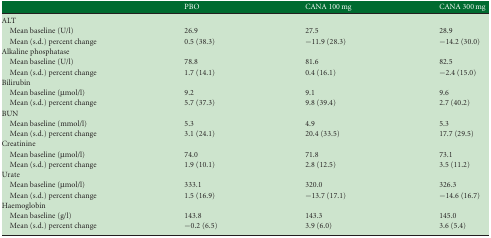
<table><thead><tr><td></td><td><b>PBO</b></td><td><b>CANA 100 mg</b></td><td><b>CANA 300 mg</b></td></tr></thead><tbody><tr><td>ALT</td><td></td><td></td><td></td></tr><tr><td> Mean baseline (U/l)</td><td>26.9</td><td>27.5</td><td>28.9</td></tr><tr><td> Mean (s.d.) percent change</td><td>0.5 (38.3)</td><td>−11.9 (28.3)</td><td>−14.2 (30.0)</td></tr><tr><td>Alkaline phosphatase</td><td></td><td></td><td></td></tr><tr><td> Mean baseline (U/l)</td><td>78.8</td><td>81.6</td><td>82.5</td></tr><tr><td> Mean (s.d.) percent change</td><td>1.7 (14.1)</td><td>0.4 (16.1)</td><td>−2.4 (15.0)</td></tr><tr><td>Bilirubin</td><td></td><td></td><td></td></tr><tr><td> Mean baseline (μmol/l)</td><td>9.2</td><td>9.1</td><td>9.6</td></tr><tr><td> Mean (s.d.) percent change</td><td>5.7 (37.3)</td><td>9.8 (39.4)</td><td>2.7 (40.2)</td></tr><tr><td>BUN</td><td></td><td></td><td></td></tr><tr><td> Mean baseline (mmol/l)</td><td>5.3</td><td>4.9</td><td>5.3</td></tr><tr><td> Mean (s.d.) percent change</td><td>3.1 (24.1)</td><td>20.4 (33.5)</td><td>17.7 (29.5)</td></tr><tr><td>Creatinine</td><td></td><td></td><td></td></tr><tr><td> Mean baseline (μmol/l)</td><td>74.0</td><td>71.8</td><td>73.1</td></tr><tr><td> Mean (s.d.) percent change</td><td>1.9 (10.1)</td><td>2.8 (12.5)</td><td>3.5 (11.2)</td></tr><tr><td>Urate</td><td></td><td></td><td></td></tr><tr><td> Mean baseline (μmol/l)</td><td>333.1</td><td>320.0</td><td>326.3</td></tr><tr><td> Mean (s.d.) percent change</td><td>1.5 (16.9)</td><td>−13.7 (17.1)</td><td>−14.6 (16.7)</td></tr><tr><td>Haemoglobin</td><td></td><td></td><td></td></tr><tr><td> Mean baseline (g/l)</td><td>143.8</td><td>143.3</td><td>145.0</td></tr><tr><td> Mean (s.d.) percent change</td><td>−0.2 (6.5)</td><td>3.9 (6.0)</td><td>3.6 (5.4)</td></tr></tbody></table>